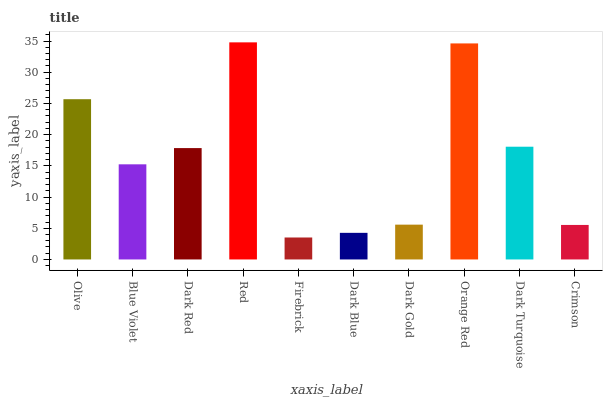
| xaxis_label | bars |
 | --- | --- |
 | Olive | 25.7 |
 | Blue Violet | 15.2 |
 | Dark Red | 17.8 |
 | Red | 34.8 |
 | Firebrick | 3.52 |
 | Dark Blue | 4.26 |
 | Dark Gold | 5.58 |
 | Orange Red | 34.6 |
 | Dark Turquoise | 18.1 |
 | Crimson | 5.53 |